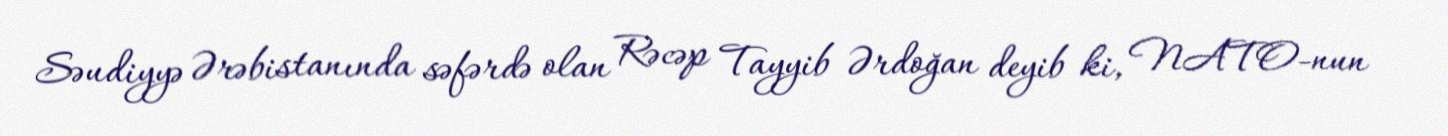
Səudiyyə Ərəbistanında səfərdə olan Rəcəp Tayyib Ərdoğan deyib ki, NATO-nun